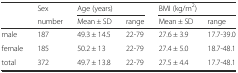
<table><thead><tr><td></td><td><b>Sex</b></td><td colspan="2"><b>Age (years)</b></td><td colspan="2"><b>BMI (kg/m<sup>2</sup>)</b></td></tr><tr><td></td><td><b>number</b></td><td><b>Mean ± SD</b></td><td><b>range</b></td><td><b>Mean ± SD</b></td><td><b>range</b></td></tr></thead><tbody><tr><td>male</td><td>187</td><td>49.3 ± 14.5</td><td>22-79</td><td>27.6 ± 3.9</td><td>17.7-39.0</td></tr><tr><td>female</td><td>185</td><td>50.2 ± 13</td><td>22-79</td><td>27.4 ± 5.0</td><td>18.7-48.1</td></tr><tr><td>total</td><td>372</td><td>49.7 ± 13.8</td><td>22-79</td><td>27.5 ± 4.4</td><td>17.7-48.1</td></tr></tbody></table>